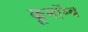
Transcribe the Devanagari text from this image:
कूमॉम्ब